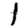
Digit: 1